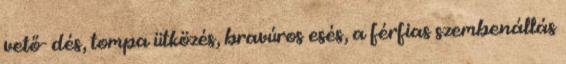
vető- dés, tompa ütközés, bravúros esés, a férfias szembenállás